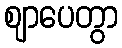
ဈာပေတွာ